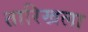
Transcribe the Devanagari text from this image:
तारिखला